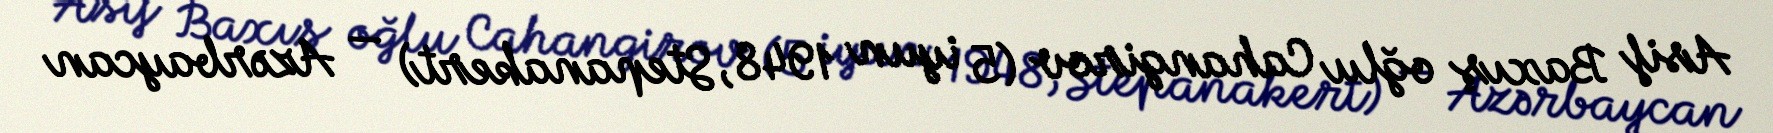
Asif Baxış oğlu Cahangirov (5 iyun 1948, Stepanakert) — Azərbaycan